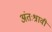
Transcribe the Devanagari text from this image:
अंतःश्रावी